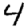
Digit: 4